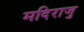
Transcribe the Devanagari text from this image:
मदिराजु